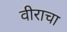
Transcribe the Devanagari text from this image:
वीराचा